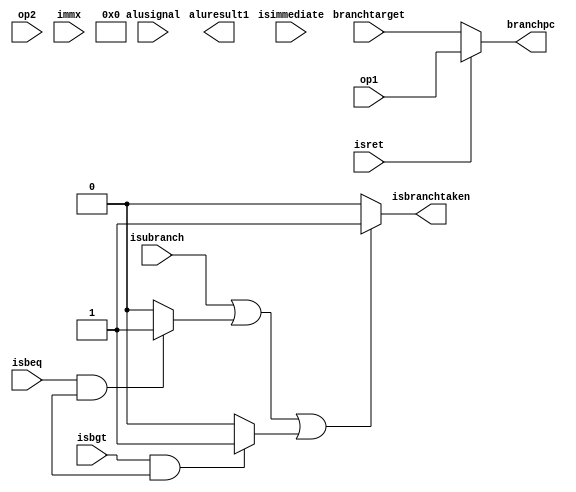
module execute( isret, isbeq, isbgt,isubranch, isimmediate, branchtarget, alusignal, op1, op2, immx, aluresult1, branchpc,isbranchtaken );

input isret,isbeq,isbgt,isubranch,isimmediate;
input [4:0] alusignal;
input [31:0] op1,op2,immx,branchtarget;
output [31:0] aluresult1,branchpc;
output isbranchtaken;
         
wire isret,isbeq,isbgt,isubranch,isimmediate;
wire [4:0] alusignal;
wire [31:0] op1,op2,immx,branchtarget;
reg [31:0] aluresult1,branchpc;
reg isbranchtaken;
reg w1,w2;




           always @(*)
           begin
          
           if ( isret == 1)
           begin
           branchpc = op1;
           end
           else 
           begin
           branchpc = branchtarget;
           end
           
           if (isbeq == 1 && p.flags[0] == 1)
           begin
           w1 = 1;
           end
           else 
           begin
           w1=0;
           end
           
           if (isbgt == 1 && p.flags[1] == 1)
           begin
           w2 = 1 ;
           end
           else
           begin
           w2=0;
           end
           if (isubranch == 1 || w1 == 1 || w2 == 1 )
           begin
           
           isbranchtaken = 1;
           end
           else
           begin
           isbranchtaken = 0;
           end

           p.a = op1;
           if ( isimmediate == 1)
           begin
           p.b = immx;
           end
           else if (isimmediate == 0)
           begin
           p.b = op2;
           end
           
         aluresult1= p.alu1.aluresult;
         end
         endmodule